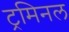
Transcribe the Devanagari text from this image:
ट्रमिनल